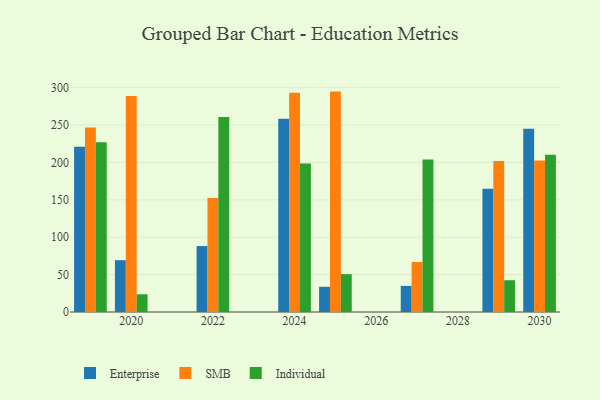
{"axis": {"x": "Year", "y": "Satisfaction Score"}, "legend": ["Enterprise", "Individual", "SMB"], "data": [{"x": "2022", "y": 88.2, "type": "Enterprise"}, {"x": "2022", "y": 152.4, "type": "SMB"}, {"x": "2022", "y": 260.9, "type": "Individual"}, {"x": "2020", "y": 69.3, "type": "Enterprise"}, {"x": "2020", "y": 288.8, "type": "SMB"}, {"x": "2020", "y": 23.7, "type": "Individual"}, {"x": "2025", "y": 33.7, "type": "Enterprise"}, {"x": "2025", "y": 294.8, "type": "SMB"}, {"x": "2025", "y": 50.6, "type": "Individual"}, {"x": "2030", "y": 245.1, "type": "Enterprise"}, {"x": "2030", "y": 202.8, "type": "SMB"}, {"x": "2030", "y": 210.4, "type": "Individual"}, {"x": "2027", "y": 34.9, "type": "Enterprise"}, {"x": "2027", "y": 66.9, "type": "SMB"}, {"x": "2027", "y": 203.9, "type": "Individual"}, {"x": "2019", "y": 221.0, "type": "Enterprise"}, {"x": "2019", "y": 246.8, "type": "SMB"}, {"x": "2019", "y": 226.9, "type": "Individual"}, {"x": "2029", "y": 164.9, "type": "Enterprise"}, {"x": "2029", "y": 201.9, "type": "SMB"}, {"x": "2029", "y": 42.5, "type": "Individual"}, {"x": "2024", "y": 258.4, "type": "Enterprise"}, {"x": "2024", "y": 293.3, "type": "SMB"}, {"x": "2024", "y": 198.7, "type": "Individual"}]}